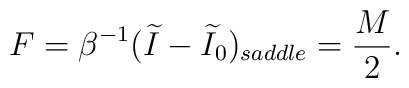
F = \beta^{-1} (\widetilde I-\widetilde I_0)_{saddle} = {M \over 2}.